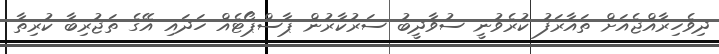
ދިވެހިރާއްޖެއަށް ތައާރަފު ކުރެވުނީ ސުވާދީބު ސަރުކާރުން ޕާސްޕޯޓެއް ހަދައި އޭގެ ތަޖުރިބާ ކުރިތާ